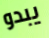
يبدو